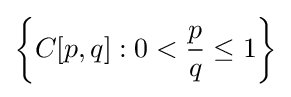
\left\{C[p,q]:0<{\frac {p}{q}}\leq 1\right\}